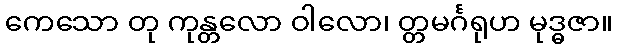
ကေသော တု ကုန္တလော ဝါလော၊ တ္တမင်္ဂရုဟ မုဒ္ဓဇာ။